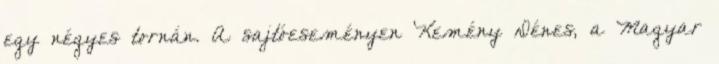
egy négyes tornán. A sajtóeseményen Kemény Dénes, a Magyar